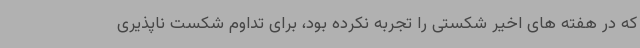
که در هفته های اخیر شکستی را تجربه نکرده بود، برای تداوم شکست ناپذیری